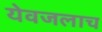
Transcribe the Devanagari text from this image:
येवजलाच